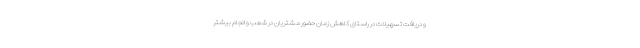
و دریافت تسهیلات در راستای کاهش زمان حضور مشتریان در شعب و انجام بیشتر